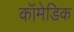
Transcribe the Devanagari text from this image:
कॉमेडिक